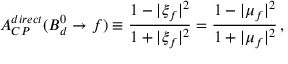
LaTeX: A _ { C P } ^ { d i r e c t } ( B _ { d } ^ { 0 } \to f ) \equiv \frac { 1 - | \xi _ { f } | ^ { 2 } } { 1 + | \xi _ { f } | ^ { 2 } } = \frac { 1 - | \mu _ { f } | ^ { 2 } } { 1 + | \mu _ { f } | ^ { 2 } } \, ,